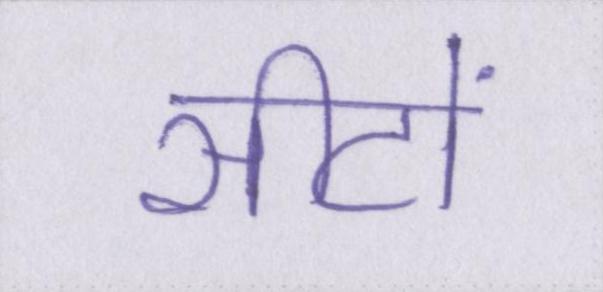
सीटों